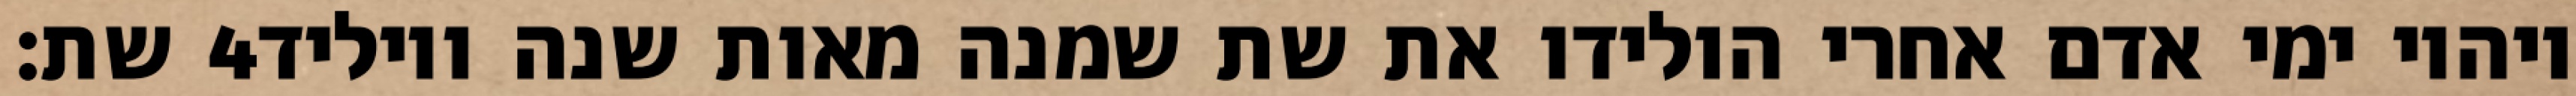
שת׃ ‎4‏ ויהיו ימי אדם אחרי הולידו את שת שמנה מאות שנה ויוליד